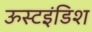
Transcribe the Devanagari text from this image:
ऊस्टइंडिश